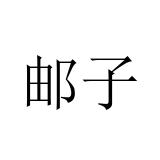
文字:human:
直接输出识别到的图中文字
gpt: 邮子